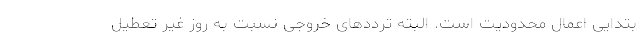
بتدایی اعمال محدودیت است. البته ترددهای خروجی نسبت به روز غیر تعطیل